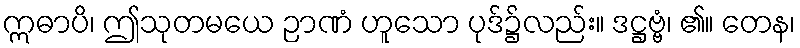
ဣဓာပိ၊ ဤသုတမယေ ဉာဏံ ဟူသော ပုဒ်၌လည်း။ ဒဋ္ဌဗ္ဗံ၊ ၏။ တေန၊